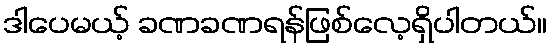
ဒါပေမယ့် ခဏခဏရန်ဖြစ်လေ့ရှိပါတယ်။